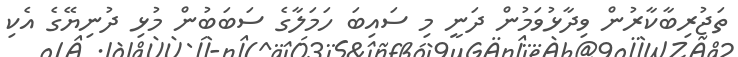
ތަޖުރިބާކާރުން ވިދާޅުވަމުން ދަނީ މި ސައިބަ ހަމަލާގެ ސަބަބުން މުޅި ދުނިޔޭގެ އެކި